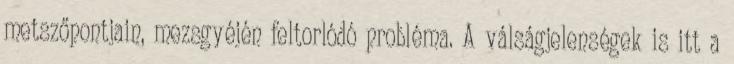
metszőpontjain, mezsgyéjén feltorlódó probléma. A válságjelenségek is itt a